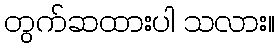
တွက်ဆထားပါ သလား။